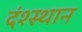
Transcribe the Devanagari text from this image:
दंश्स्थान